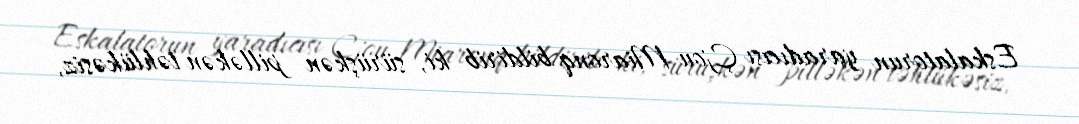
Eskalatorun yaradıcısı Çjou Miaronq bildirib ki, sürüşkən pilləkən təhlükəsiz,